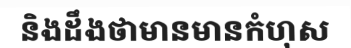
និងដឹងថាមានមានកំហុស